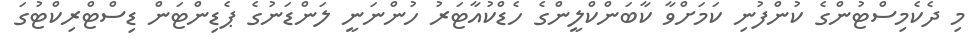
މި ދެކެމިސްޓުންގެ ކުންފުނި ކަމަށްވާ ކާބަންކްލީންގެ ހެޑްކުއާޓަރު ހުންނަނީ ލަންޑަނުގެ ޕެޑިންޓަން ޑިސްޓްރިކްޓުގަ